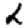
Digit: 2